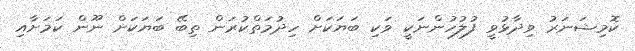
ކޮމިޝަނަރު ވިދާޅުވީ ފުލުހުންނަކީ ވަކި ބަޔަކަށް ހިދުމަތްކުރަން ތިބޭ ބަޔަކަށް ނޫން ކަމަށާއި